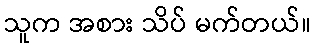
သူက အစား သိပ် မက်တယ်။